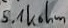
Text: 5.1Kohm